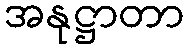
အနုဋ္ဌာတာ